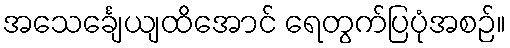
အသေင်္ချေယျထိအောင် ရေတွက်ပြပုံအစဉ်။